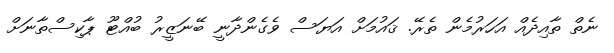
ނެތް ތާއިދެއް އަހަރުމެން ތެރޭ. ޤައުމަށް އަޔަސް ވެގެންދާނީ ބޭނަޒީރު ބުއްޓޫ ޕާކިސްތާނަށް